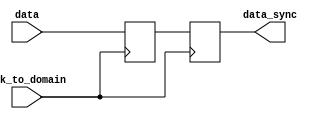
module advhw7_1(
input data,
input clk_to_domain,
output data_sync
);

reg DFF1,Dff2;

always@(posedge clk_to_domain)
begin
DFF1 <= data;
DFF2 <= DFF1;
end

assign data_sync = DFF2;

endmodule